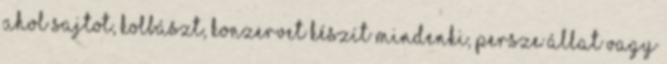
ahol sajtot, kolbászt, konzervet készít mindenki, persze állat vagy